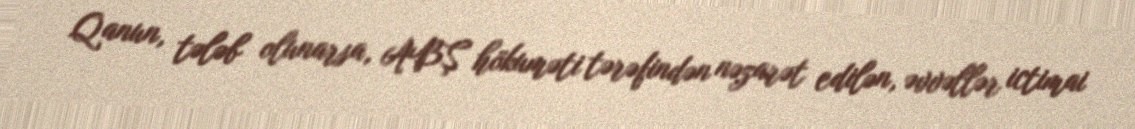
Qanun, tələb olunarsa, ABŞ hökuməti tərəfindən nəzarət edilən, əvvəllər ictimai